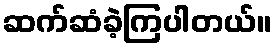
ဆက်ဆံခဲ့ကြပါတယ်။